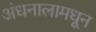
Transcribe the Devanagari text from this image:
अंधनालामधून